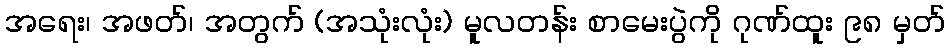
အရေး၊ အဖတ်၊ အတွက် (အသုံးလုံး) မူလတန်း စာမေးပွဲကို ဂုဏ်ထူး ၉၈ မှတ်